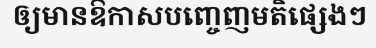
ឲ្យមានឱកាសបញ្ចេញមតិផ្សេងៗ